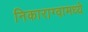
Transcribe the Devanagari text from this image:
निकाराग्वामध्ये